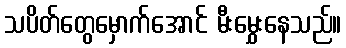
သပိတ်တွေမှောက်အောင် မီးမွှေးနေသည်။